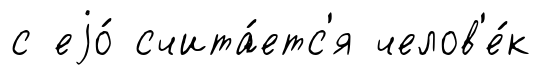
с еjо́ счита́етс'я челов'е́к